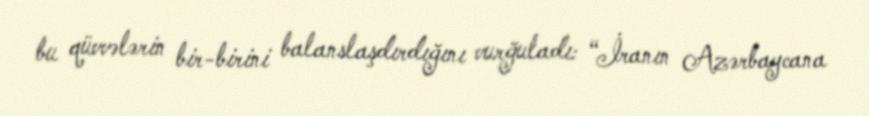
bu qüvvələrin bir-birini balanslaşdırdığını vurğuladı: “İranın Azərbaycana